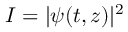
I = | \psi ( t , z ) | ^ { 2 }